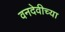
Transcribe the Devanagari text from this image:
वनदेवीच्या